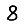
Digit: 8